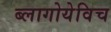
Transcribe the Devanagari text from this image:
ब्लागोयेविच